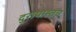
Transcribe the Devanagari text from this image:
दुरापास्तच